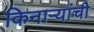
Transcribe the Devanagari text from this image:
किनाऱ्यांची